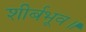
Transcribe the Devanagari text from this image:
शीर्बभूव॥